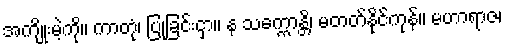
အကျိုးမဲ့ကို။ ကာတုံ၊ ပြုခြင်းငှာ။ န သက္ကောန္တိ၊ မတတ်နိုင်ကုန်။ မဟာရာဇ၊